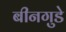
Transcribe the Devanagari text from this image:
बीनगुडे